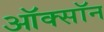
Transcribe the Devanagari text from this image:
ऑक्सॉन